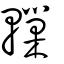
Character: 轈